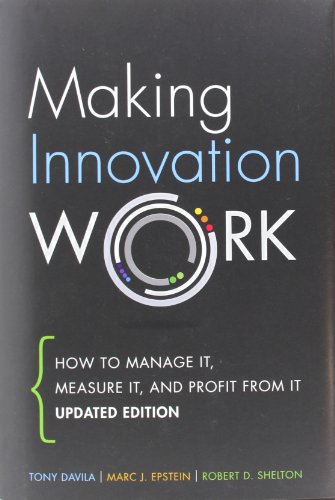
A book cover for Making Innovation Work: How to Manage It, Measure It, and Profit from It, Updated Edition; Tony Davila; Business & Money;